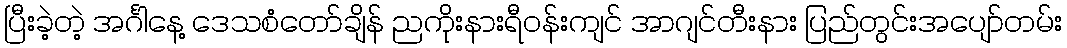
ပြီးခဲ့တဲ့ အင်္ဂါနေ့ ဒေသစံတော်ချိန် ညကိုးနားရီဝန်းကျင် အာဂျင်တီးနား ပြည်တွင်းအပျော်တမ်း